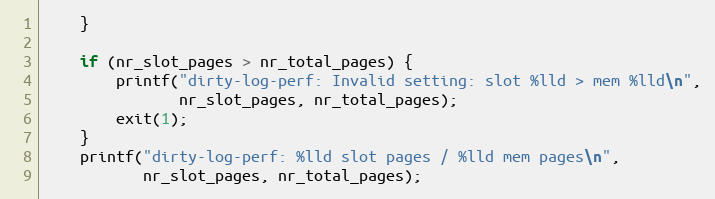
Language: C++
    }

    if (nr_slot_pages > nr_total_pages) {
        printf("dirty-log-perf: Invalid setting: slot %lld > mem %lld\n",
               nr_slot_pages, nr_total_pages);
        exit(1);
    }
    printf("dirty-log-perf: %lld slot pages / %lld mem pages\n",
           nr_slot_pages, nr_total_pages);